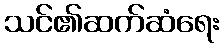
သင်၏ဆက်ဆံရေး